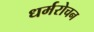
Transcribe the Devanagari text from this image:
धर्मरोचन